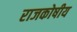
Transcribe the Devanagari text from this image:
राजकोषीय